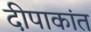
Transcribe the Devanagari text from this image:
दीपाकांत